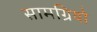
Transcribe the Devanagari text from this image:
सामग्रियो